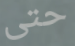
حتى